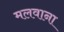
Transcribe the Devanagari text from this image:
मलवाना